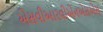
એસવીઆરવીએનએસએસ